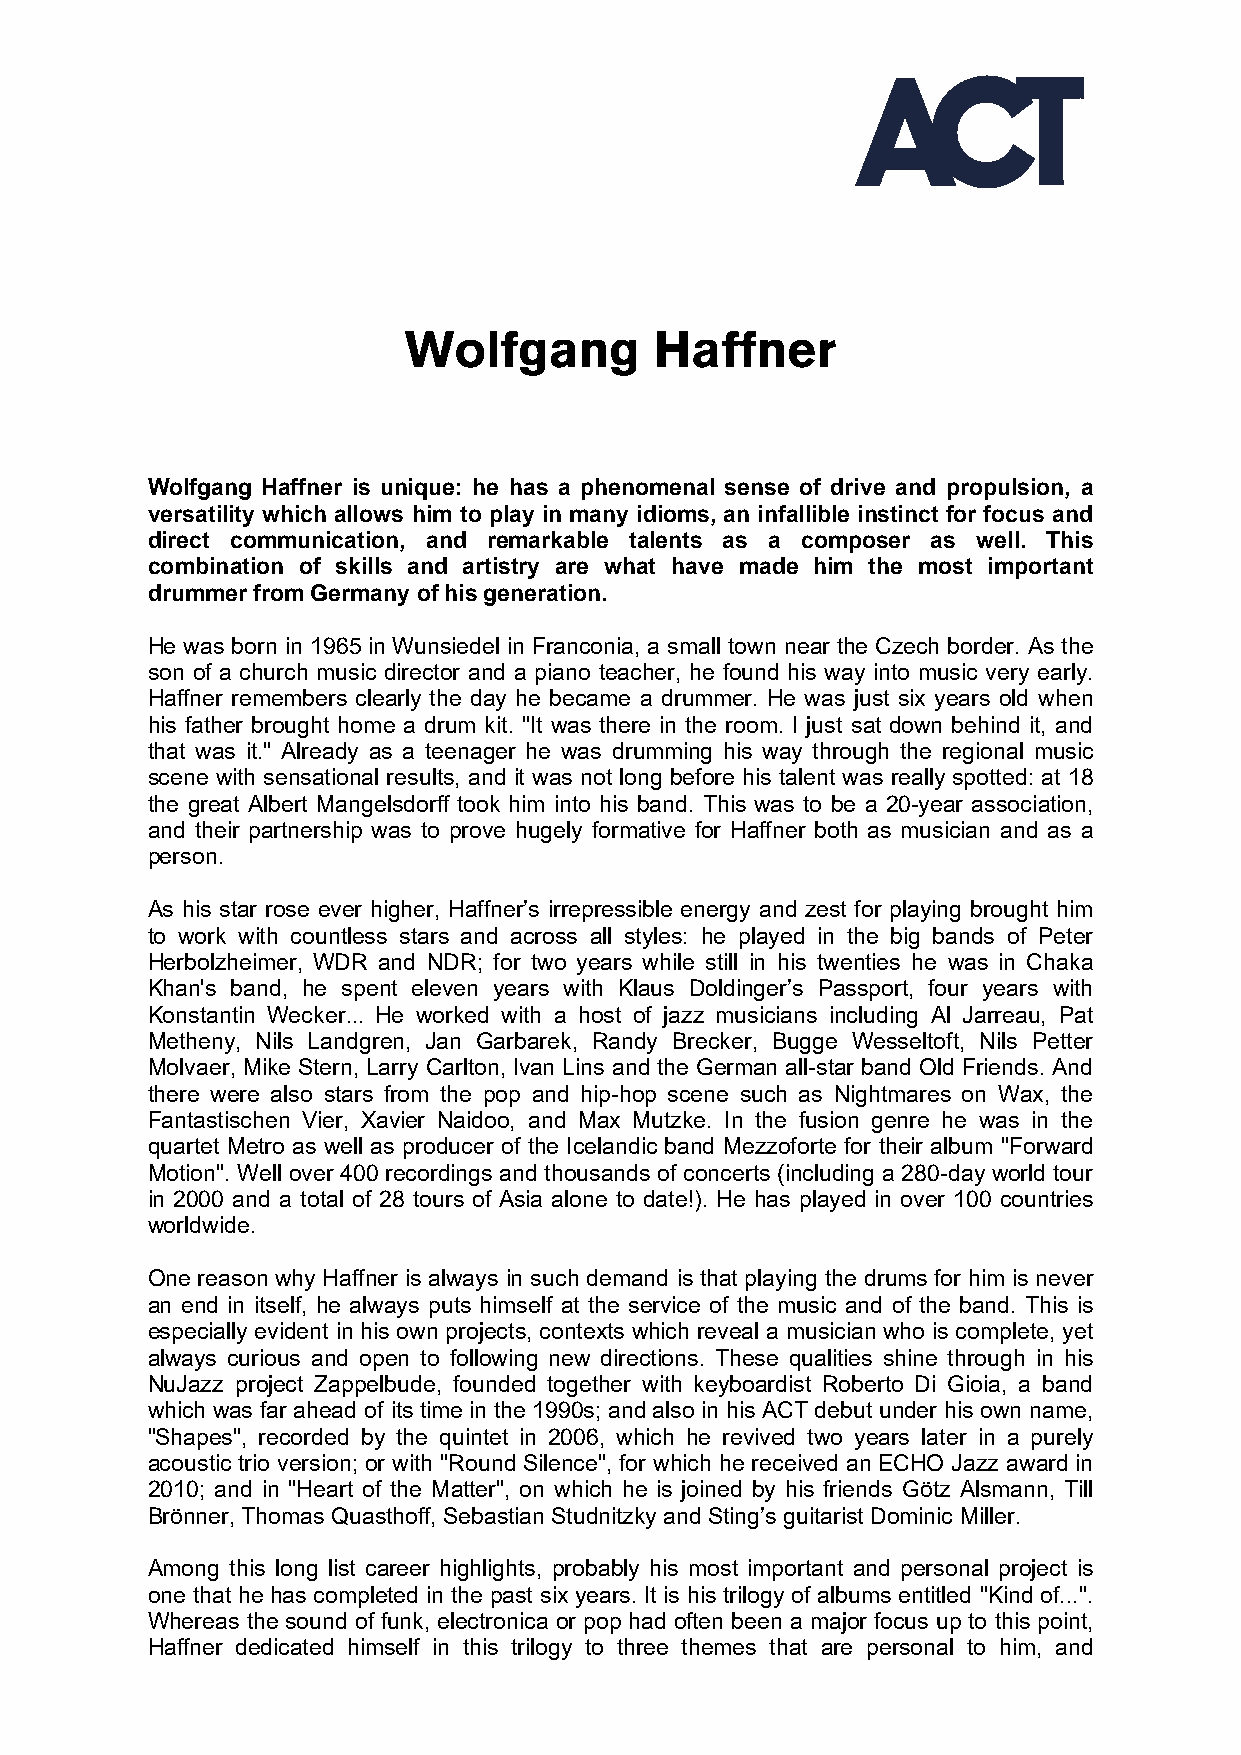
Wolfgang Haffner is unique: he has a phenomenal sense of drive and propulsion, a
 versatility which allows him to play in many idioms, an infallible instinct for focus and
 direct communication, and remarkable talents as a composer as well. This
 combination of skills and artistry are what have made him the most important
 drummer from Germany of his generation.
 He was born in 1965 in Wunsiedel in Franconia, a small town near the Czech border. As the
 son of a church music director and a piano teacher, he found his way into music very early.
 Haffner remembers clearly the day he became a drummer. He was just six years old when
 his father brought home a drum kit. "It was there in the room. I just sat down behind it, and
 that was it." Already as a teenager he was drumming his way through the regional music
 scene with sensational results, and it was not long before his talent was really spotted: at 18
 the great Albert Mangelsdorff took him into his band. This was to be a 20-year association,
 and their partnership was to prove hugely formative for Haffner both as musician and as a
 person.
 As his star rose ever higher, Haffner’s irrepressible energy and zest for playing brought him
 to work with countless stars and across all styles: he played in the big bands of Peter
 Herbolzheimer, WDR and NDR; for two years while still in his twenties he was in Chaka
 Khan's band, he spent eleven years with Klaus Doldinger’s Passport, four years with
 Konstantin Wecker... He worked with a host of jazz musicians including Al Jarreau, Pat
 Metheny, Nils Landgren, Jan Garbarek, Randy Brecker, Bugge Wesseltoft, Nils Petter
 Molvaer, Mike Stern, Larry Carlton, Ivan Lins and the German all-star band Old Friends. And
 there were also stars from the pop and hip-hop scene such as Nightmares on Wax, the
 Fantastischen Vier, Xavier Naidoo, and Max Mutzke. In the fusion genre he was in the
 quartet Metro as well as producer of the Icelandic band Mezzoforte for their album "Forward
 Motion". Well over 400 recordings and thousands of concerts (including a 280-day world tour
 in 2000 and a total of 28 tours of Asia alone to date!). He has played in over 100 countries
 worldwide.
 One reason why Haffner is always in such demand is that playing the drums for him is never
 an end in itself, he always puts himself at the service of the music and of the band. This is
 especially evident in his own projects, contexts which reveal a musician who is complete, yet
 always curious and open to following new directions. These qualities shine through in his
 NuJazz project Zappelbude, founded together with keyboardist Roberto Di Gioia, a band
 which was far ahead of its time in the 1990s; and also in his ACT debut under his own name,
 "Shapes", recorded by the quintet in 2006, which he revived two years later in a purely
 acoustic trio version; or with "Round Silence", for which he received an ECHO Jazz award in
 2010; and in "Heart of the Matter", on which he is joined by his friends Götz Alsmann, Till
 Brönner, Thomas Quasthoff, Sebastian Studnitzky and Sting’s guitarist Dominic Miller.
 Among this long list career highlights, probably his most important and personal project is
 one that he has completed in the past six years. It is his trilogy of albums entitled "Kind of...".
 Whereas the sound of funk, electronica or pop had often been a major focus up to this point,
 Haffner dedicated himself in this trilogy to three themes that are personal to him, and